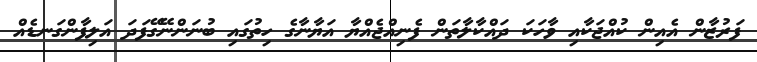
ފަރުޒާން އެއިން ކުއްޖަކާއި ވާހަކަ ދައްކާލާތަން ފެނިއްޖެއްޔާ އަޔާނާގެ ހިތުގައި ބުނަންނޭގޭފަދަ އަލިފާންގަނޑެއް